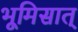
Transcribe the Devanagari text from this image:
भूमिसात्